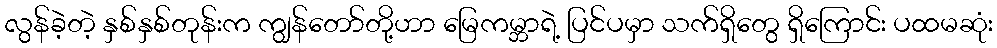
လွန်ခဲ့တဲ့ နှစ်နှစ်တုန်းက ကျွန်တော်တို့ဟာ မြေကမ္ဘာရဲ့ ပြင်ပမှာ သက်ရှိတွေ ရှိကြောင်း ပထမဆုံး